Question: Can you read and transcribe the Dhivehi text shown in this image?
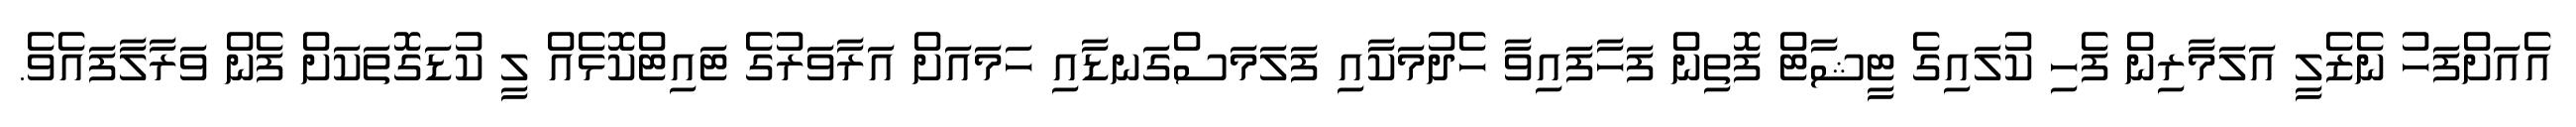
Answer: އެއަށްފަހު ނެޒެލީ އަލަމާރިން ފެހި ކުލައިގެ ޓީޝާޓް ފޮތިން ފަހާފައިވާ ހެދުމަކާއި ފަލަމަސްގަނޑާއި ހަމައަށް އަރާވަރުގެ ޓައިޓްކޮޅެއް ލީ ކުޑަގޮތަކަށް ފެން ވަރާލާފައެވެ.